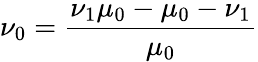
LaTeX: \nu_{0}=\frac{\nu_{1}\mu_{0}-\mu_{0}-\nu_{1}}{\mu_{0}}